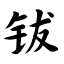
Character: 钹